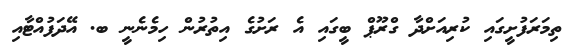
ތިމަރަފުށީގައި ކުރިއަށްދާ ގްރޫޕް ބީގައި އެ ރަށުގެ އިތުރުން ހިމެނެނީ ބ. އޭދަފުއްޓާއި